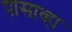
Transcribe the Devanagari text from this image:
पासाव्हा